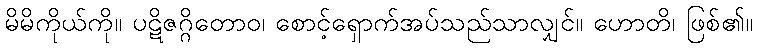
မိမိကိုယ်ကို။ ပဋိဇဂ္ဂိတောဝ၊ စောင့်ရှောက်အပ်သည်သာလျှင်။ ဟောတိ၊ ဖြစ်၏။